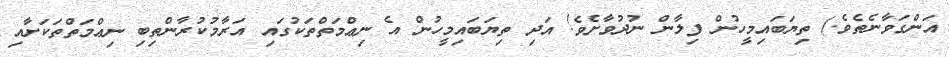
އަންގަވާނެތެވެ.) ތިޔަބައިމީހުން ފިލާން ނުދުވާށެވެ! އަދި ތިޔަބައިމީހުން އެ ނިޢްމަތްތަކުގައި އަރާމުކުރާންތިބި ނިޢްމަތްތަކަށާއި